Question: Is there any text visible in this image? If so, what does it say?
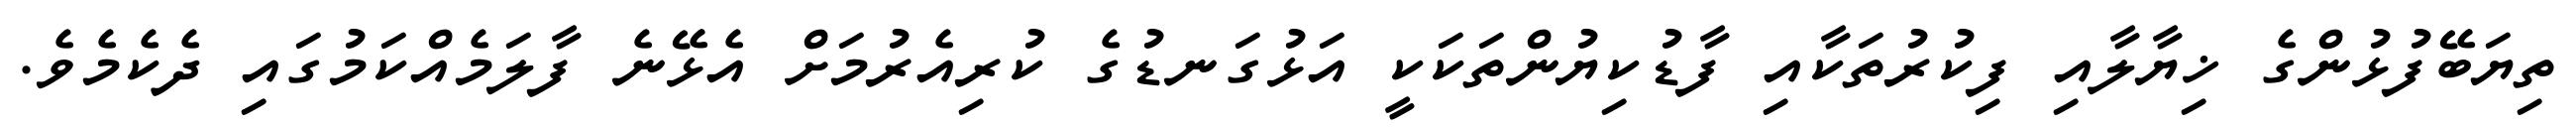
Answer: ތިޔަބޭފުޅުންގެ ޚިޔާލާއި ފިކުރުތަކާއި ފާޑުކިޔުންތަކަކީ އަޅުގަނޑުގެ ކުރިއެރުމަށް އެޅޭނެ ފާލަމެއްކަމުގައި ދެކެމެވެ.